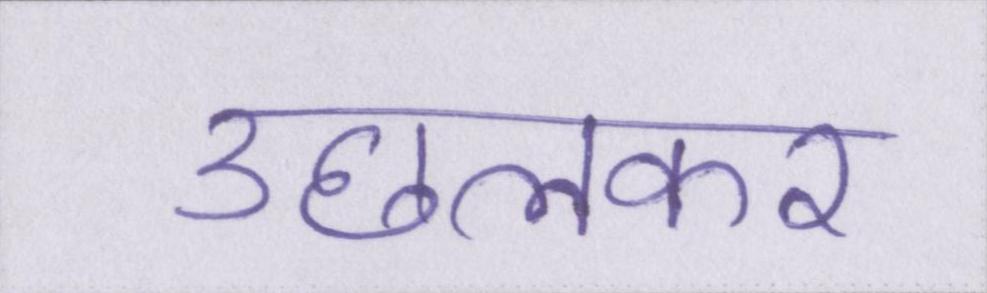
उछलकर